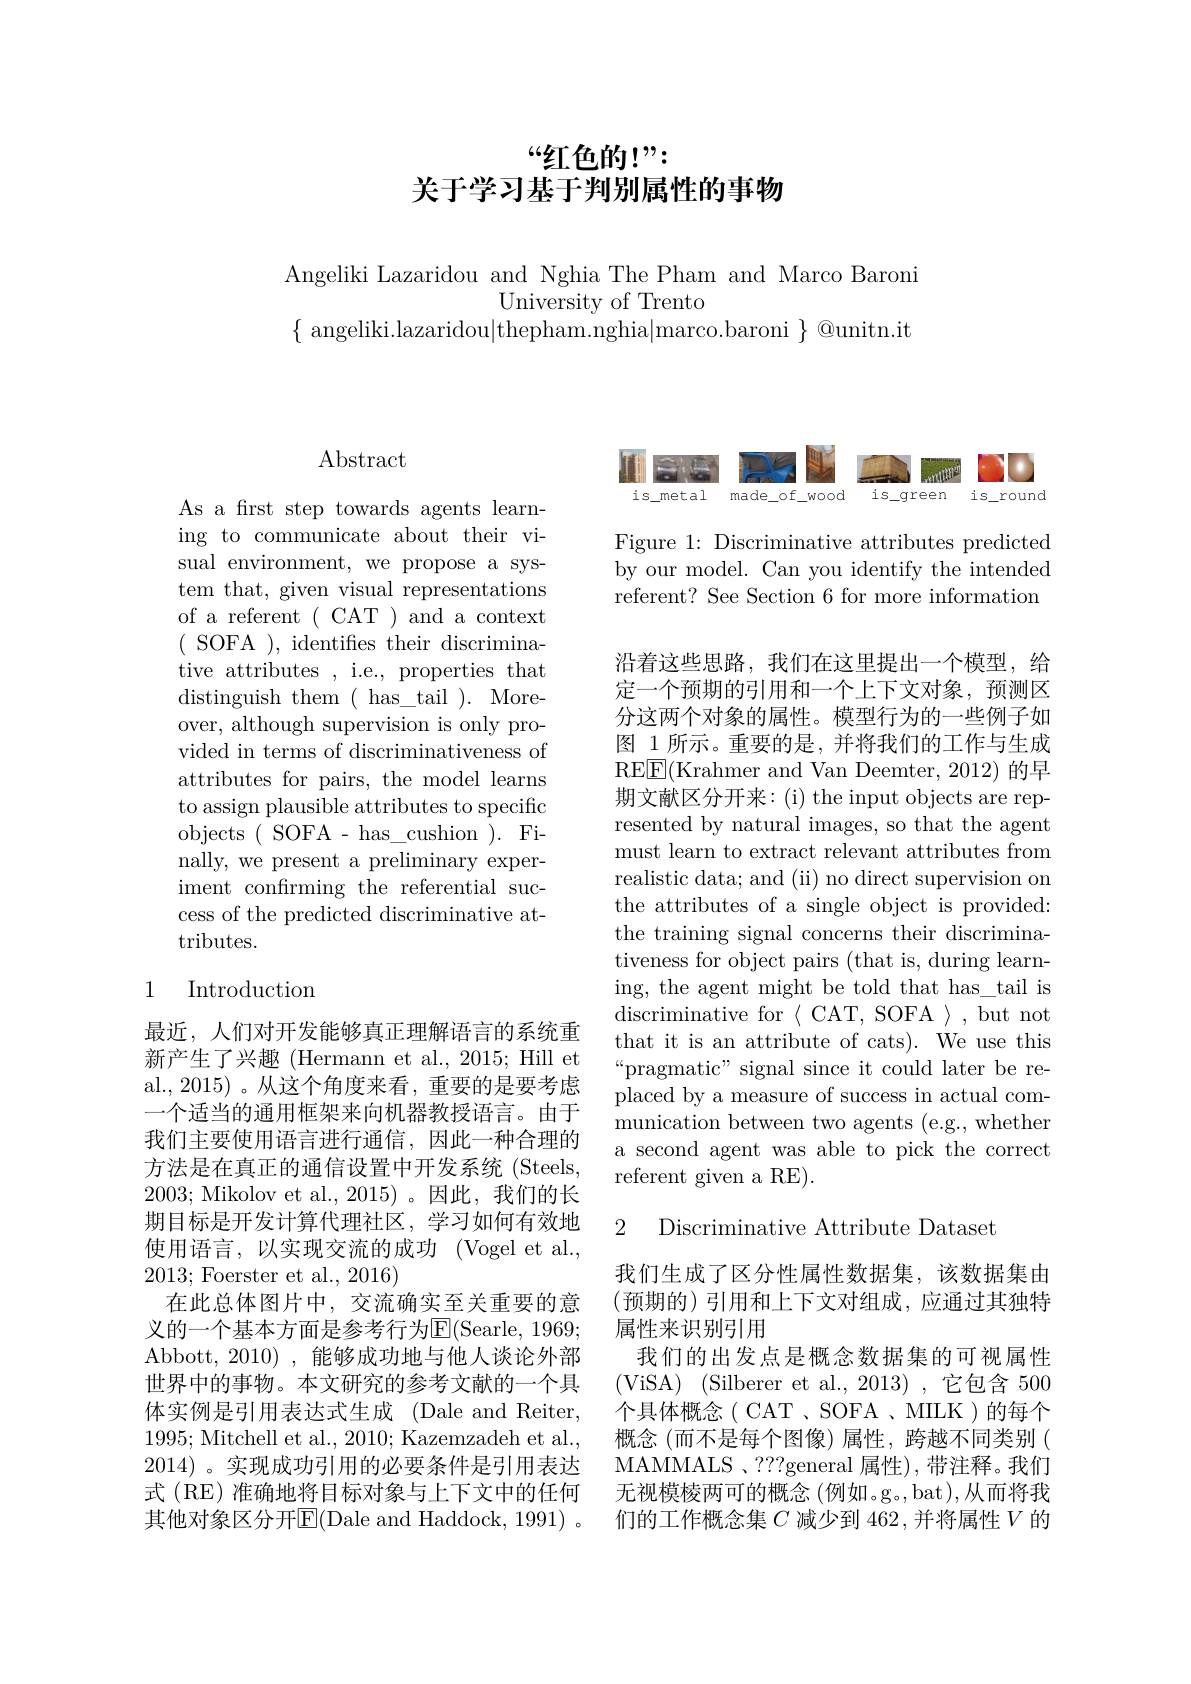
# “红色的！”: 关于学习基于判别属性的事物

Angeliki Lazaridou and Nghia The Pham and Marco Baroni
University of Trento
$\{$ angeliki.lazaridou|thepham.nghia|marco.baroni $\}$@unitn.it

# Abstract

As a first step towards agents learning to communicate about their visual environment, we propose a system that, given visual representations of a referent ( CAT ) and a context ( SOFA ), identifies their discriminative attributes , i.e., properties that distinguish them ( has$\_$tail ). Moreover, although supervision is only provided in terms of discriminativeness of attributes for pairs, the model learns to assign plausible attributes to specific objects(SOFA-has\_cushion).Finally, we present a preliminary experiment confirming the referential success of the predicted discriminative attributes.

## 1 Introduction

最近，人们对开发能够真正理解语言的系统重新产生了兴趣(Hermann et al., 2015; Hill et al.,2015)。从这个角度来看，重要的是要考虑一个适当的通用框架来向机器教授语言。由于我们主要使用语言进行通信，因此一种合理的方法是在真正的通信设置中开发系统(Steels, 2003; Mikolov et al., 2015)。因此，我们的长期目标是开发计算代理社区，学习如何有效地使用语言，以实现交流的成功 (Vogel et al., 2013; Foerster et al., 2016)
在此总体图片中，交流确实至关重要的意义的一个基本方面是参考行为E(Searle, 1969; Abbott, 2010) ,能够成功地与他人谈论外部世界中的事物。本文研究的参考文献的一个具体实例是引用表达式生成 (Dale and Reiter, 1995; Mitchell et al., 2010; Kazemzadeh et al., 2014)。实现成功引用的必要条件是引用表达式 (RE) 准确地将目标对象与上下文中的任何其他对象区分开$\overline{\mathrm{E}}($Dale and Haddock, 1991) 。

<FigureHere>

Figure 1: Discriminative attributes predicted by our model. Can you identify the intended referent? See Section 6 for more information

沿着这些思路，我们在这里提出一个模型，给定一个预期的引用和一个上下文对象，预测区分这两个对象的属性。模型行为的一些例子如图 1 所示。重要的是，并将我们的工作与生成RE$\boxed{\mathrm{F}}($Krahmer and Van Deemter, 2012) 的早期文献区分开来：(i) the input objects are represented by natural images, so that the agent must learn to extract relevant attributes from realistic data; and (ii) no direct supervision on the attributes of a single object is provided: the training signal concerns their discriminativeness for object pairs (that is, during learning, the agent might be told that has\_tail is discriminative for$\langle$CAT, SOFA$\rangle$,but not that it is an attribute of cats). We use this “pragmatic” signal since it could later be replaced by a measure of success in actual communication between two agents (e.g., whether a second agent was able to pick the correct referent given a RE).

2 Discriminative Attribute Dataset

我们生成了区分性属性数据集，该数据集由(预期的)引用和上下文对组成，应通过其独特属性来识别引用
我们的出发点是概念数据集的可视属性(ViSA)$\allowbreak ( {\mathrm{mod}} $Silberer et al. , 2013) , 它 包 含 500) 个具体概念( CAT 、SOFA , MILK )的每个概念 (而不是每个图像)属性，跨越不同类别 ( MAMMALS 、???general 属性),带注释。我们无视模棱两可的概念 (例如。g。,bat),从而将我们的工作概念集$C$减少到 462,并将属性$V$的